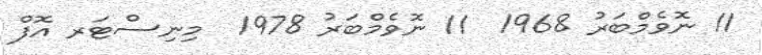
11 ނޮވެމްބަރު 1968  11 ނޮވެމްބަރު 1978  މިނިސްޓަރ އޮފް